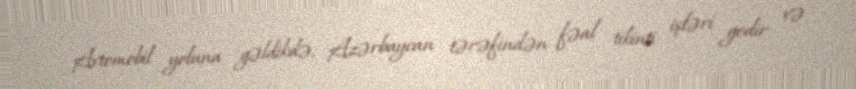
Avtomobil yoluna gəldikdə, Azərbaycan tərəfindən fəal tikinti işləri gedir və